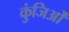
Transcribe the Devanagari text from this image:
कुंजिओं